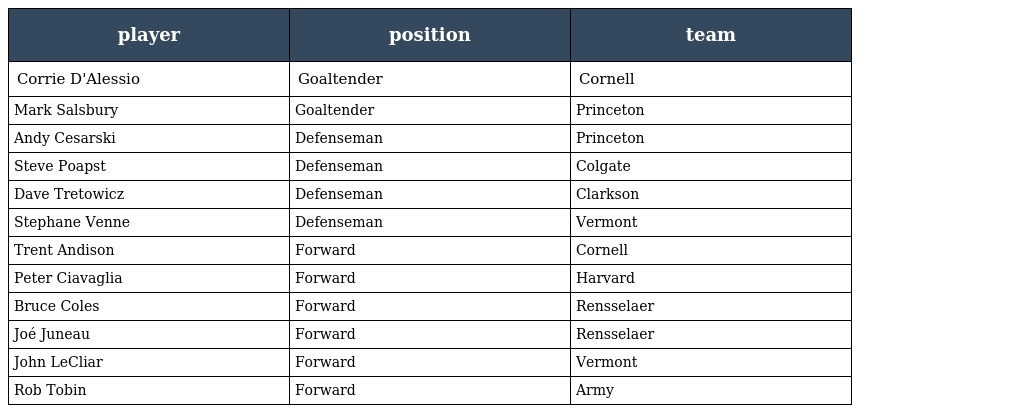
| player | position | team |
 | --- | --- | --- |
 | Corrie D'Alessio | Goaltender | Cornell |
 | Mark Salsbury | Goaltender | Princeton |
 | Andy Cesarski | Defenseman | Princeton |
 | Steve Poapst | Defenseman | Colgate |
 | Dave Tretowicz | Defenseman | Clarkson |
 | Stephane Venne | Defenseman | Vermont |
 | Trent Andison | Forward | Cornell |
 | Peter Ciavaglia | Forward | Harvard |
 | Bruce Coles | Forward | Rensselaer |
 | Joé Juneau | Forward | Rensselaer |
 | John LeCliar | Forward | Vermont |
 | Rob Tobin | Forward | Army |